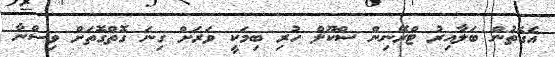
އެގޮތުން ބަލާއިރު ޓްރޭނިން ސްކޫލް ހުރި ބިމަކީ ވަރަށް ގިނަ ގޮތްގޮތަށް ވިސްނާ